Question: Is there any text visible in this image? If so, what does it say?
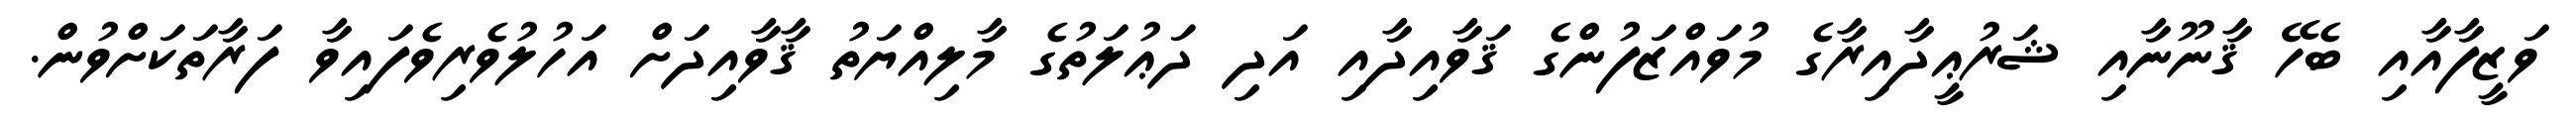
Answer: ވަޒީފާއާއި ބެހޭ ޤާނޫނާއި ޝަރުޢީދާއިރާގެ މުވައްޒަފުންގެ ޤަވާއިދާއި އަދި ދަޢުލަތުގެ މާލިއްޔަތު ޤާވާއިދަށް އަހުލުވެރިވެފައިވާ ފަރާތަކަށްވުން.